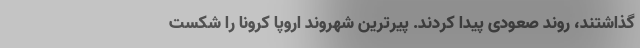
گذاشتند، روند صعودی پیدا کردند. پیرترین شهروند اروپا کرونا را شکست